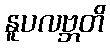
နူပလဗ္ဘတိ